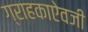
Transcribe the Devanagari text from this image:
ग्राहकाऐवजी